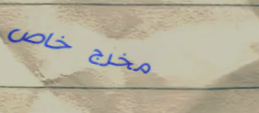
مخرج خاص